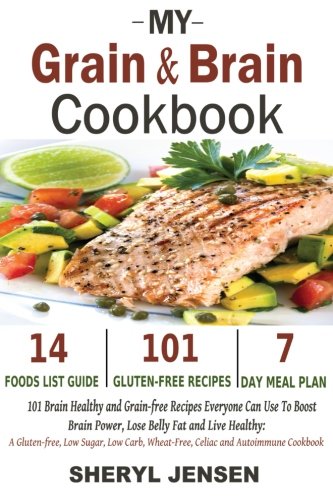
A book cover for My Grain & Brain Cookbook: 101 Brain Healthy and Grain-free Recipes Everyone Can Use To Boost Brain Power, Lose Belly Fat and Live Healthy: A Gluten-free, Low Sugar, Low Carb and Wheat-Free Cookbook; Sheryl Jensen; Cookbooks, Food & Wine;